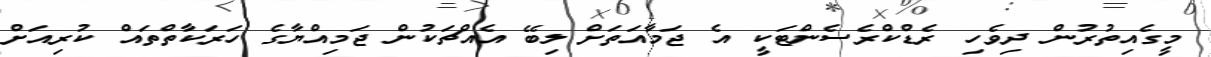
މީގެއިތުރުން ދިވެހި ރެޑްކްރެސެންޓަކީ އެ ޖަމާއަތަށް ލިބޭ އެއްޗަކުން ޖަމިއްޔާގެ ހަރަކާތްތައް ކުރިއަށް